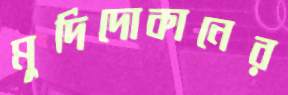
মুদিদোকানের